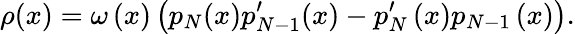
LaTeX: \rho(x)=\omega\left(x\right)\left(p_{N}(x)p_{N-1}^{\prime}(x)-p_{N}^{\prime}\left(x\right)p_{N-1}\left(x\right)\right).